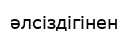
әлсіздігінен